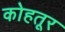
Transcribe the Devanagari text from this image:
कोहतूर